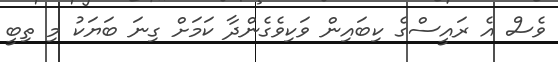
ވެސް އެ ރައީސްގެ ކިބައިން ވަކިވެގެންދާ ކަމަށް ގިނަ ބަޔަކު މި ތިބީ